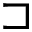
\sqsupset